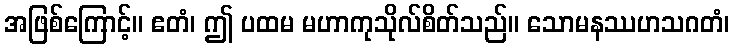
အဖြစ်ကြောင့်။ ဧတံ၊ ဤ ပထမ မဟာကုသိုလ်စိတ်သည်။ သောမနဿဟသဂတံ၊